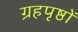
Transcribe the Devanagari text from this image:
ग्रहपृष्ठों